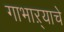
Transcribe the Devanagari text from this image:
गाभाऱ्याचे